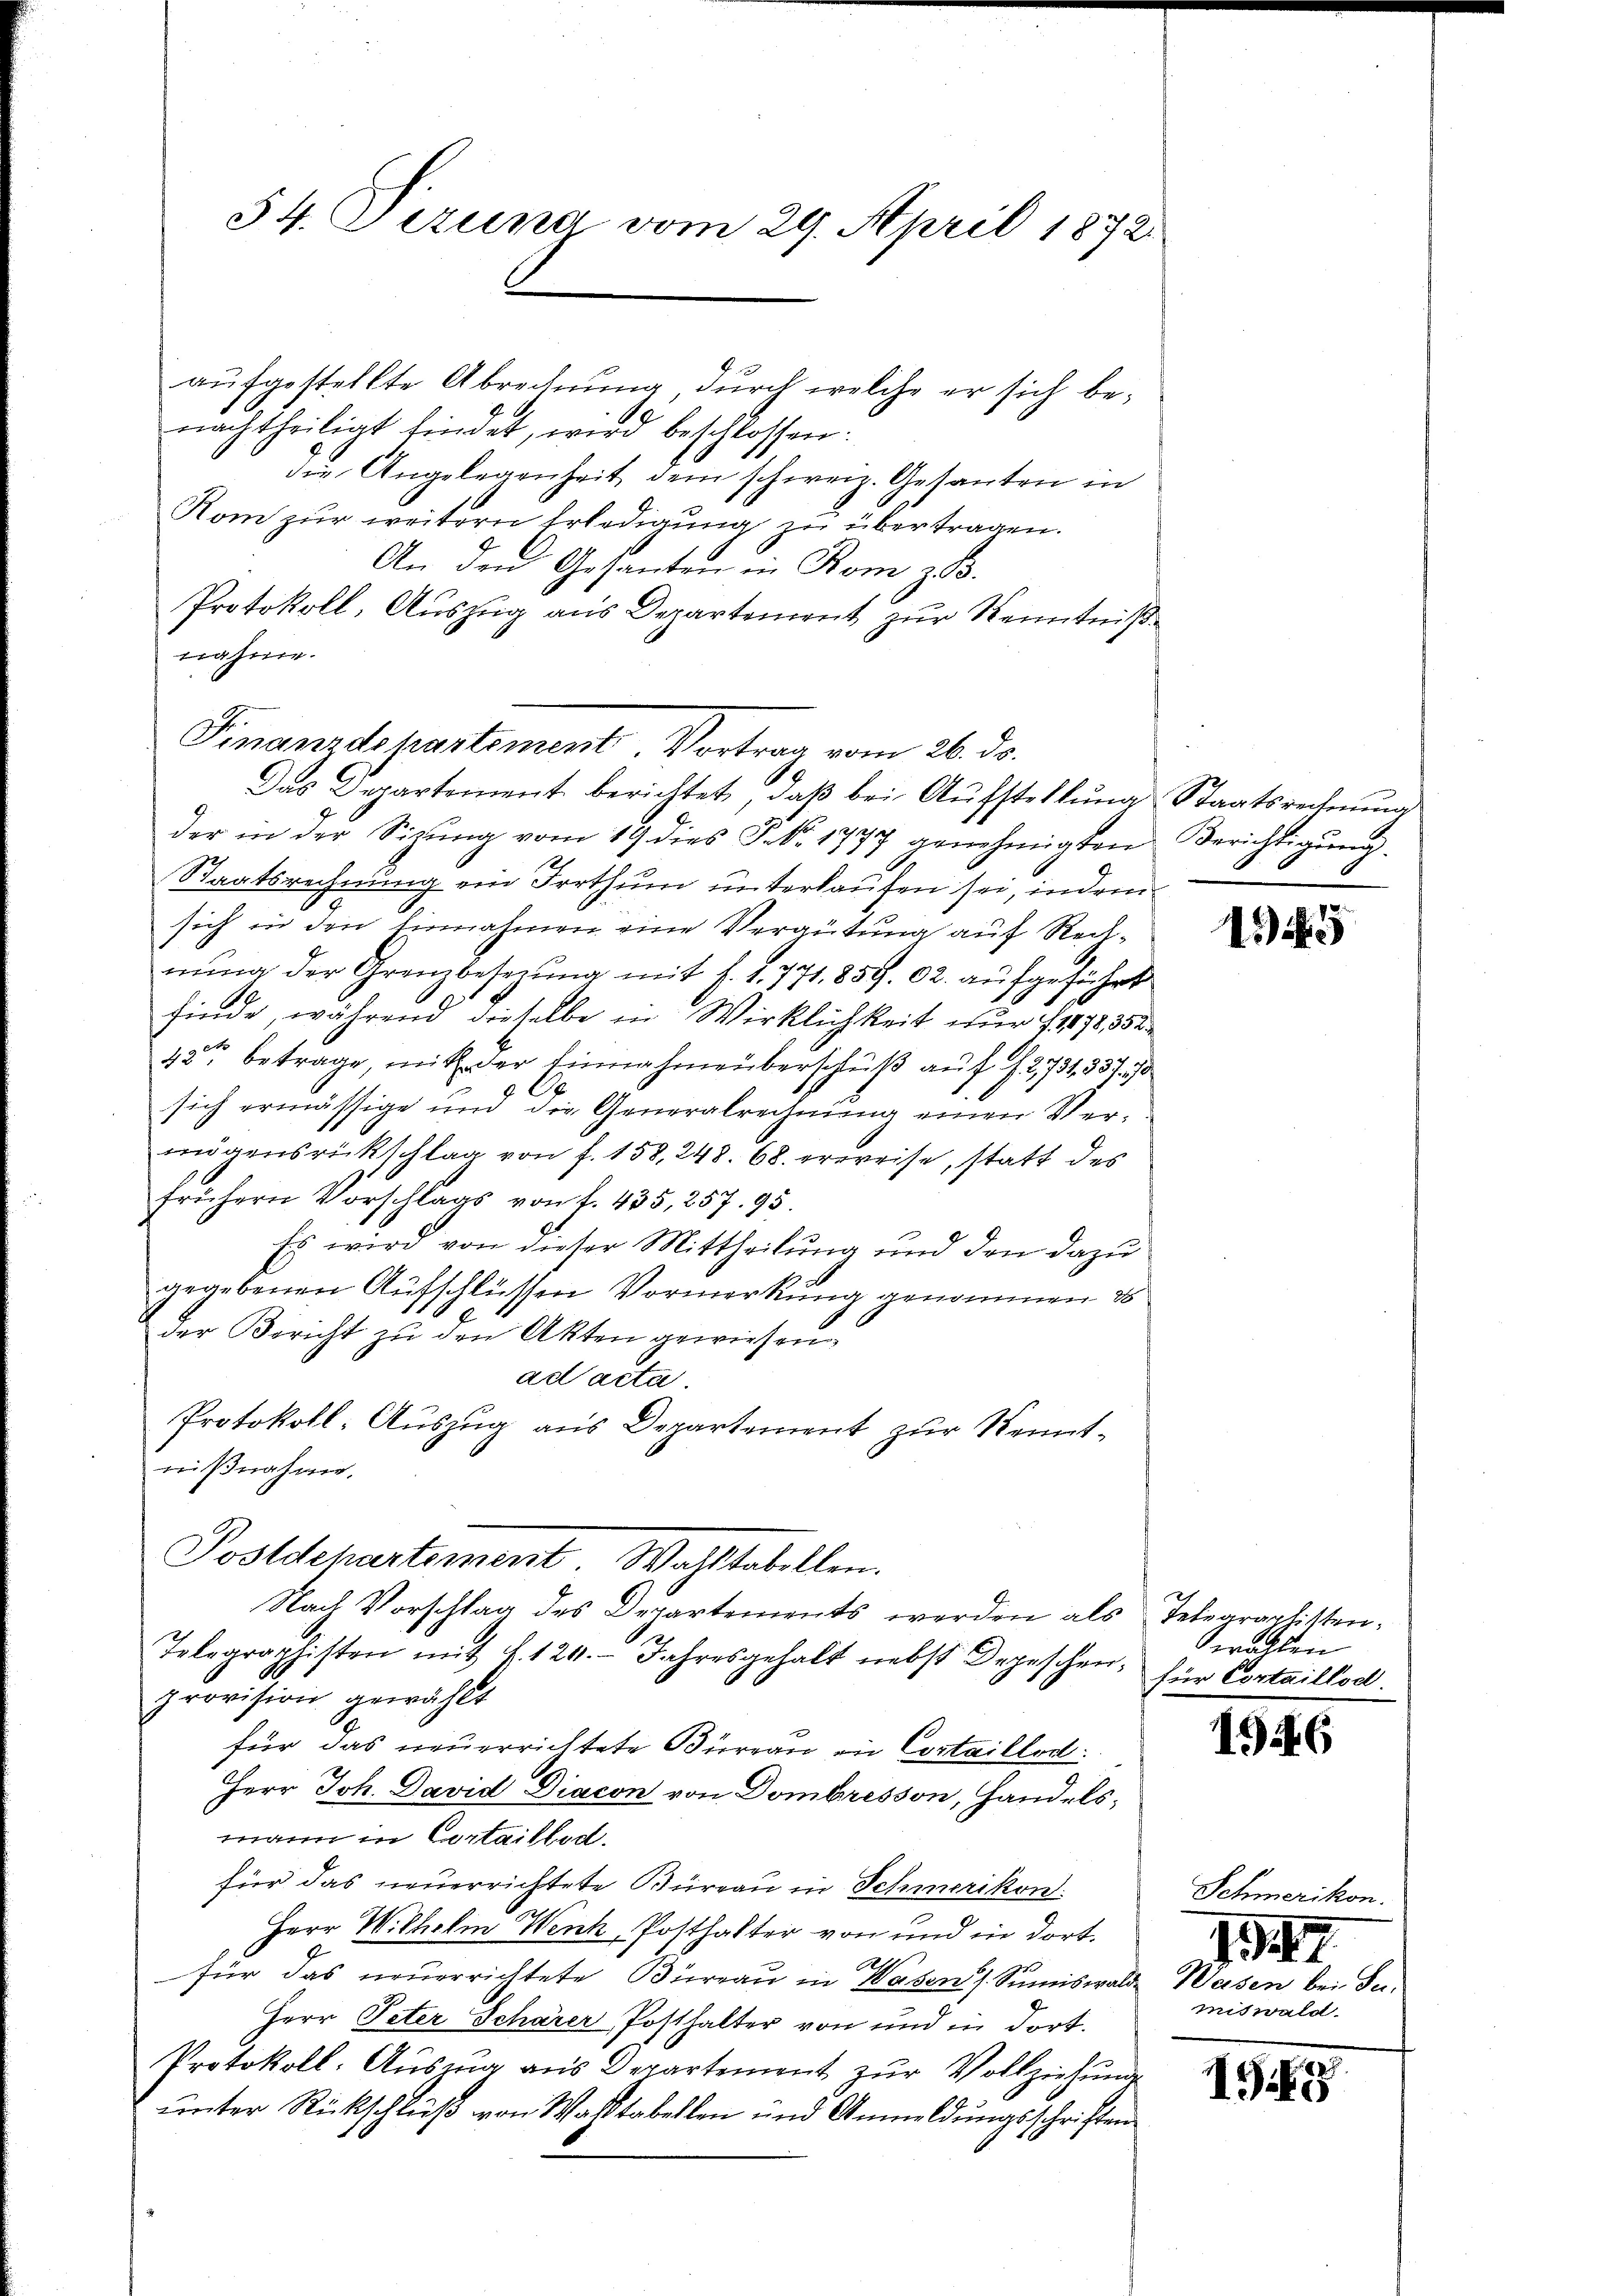
54. Ferung vom 29. April 1872.

Finanzdepartement Vortrag vom 26. ds.
Das Departement berichtet, daβ bei Aŭfstellŭng Staatsrechnŭng

aufgestellte Abrechnung durch welche er sich benachtheiligt findet, wird beschlossen:
die Angelegenheit dem schweiz. Gesanten in
Rom zur weitern Erledigung zu übertragen.
An den Gesanten in Rom z.B.
Protokoll, Auszug aus Departement zur Kenntnißnahme.
der in der Sitzŭng vom 19. dies Frk. 1777 genehmigten Berichtigŭng.
Staatsrechnung ein Irrthum unterkaufen sei, indem
sich in den Einnahmen eine Vergütung auf Rechnung der Grenzbesezung mit s. S. 771. 859. 02. aufgeführt
finde, während dieselbe in Wirklichkeit nur 11878, 352
42t betrage, mit der Einnahme überschuß auf 12,731, 557. 73
sich ermässige und die Generalrechnung einen Vermögensrückschlag von f. 158, 248. 68. erweise, statt des
frühern Vorschlags von f. 435, 257. 95.
Es wird von dieser Mittheilung und den dazu
gegebenen Aufschlüssen Vormerkung genommen is
der Bericht zu den Akten gewiesen,
ad acta.
Protokoll- Auszug aus Departement zur Kenntnißnahme.
Postdepartement Wahltabellen.
Nach Vorschlag des Departements werden als Telegraphisten¬
Telegraphisten mit §. 124. Jahresgehalt nebst Depeschen, für Cortaillod.
provision gewählt
für das neuerrichtete Büreau in Cortaillos.
Herr Joh. David Diacon von Dombresson, Handelsmann in Cortaillud.
für das neuerrichtete Büreau in Schmerikon.
Herr Wilhelm Wenk, Posthalter von und in dort.
für das neuerrichtete Büreau in Wasen Sumiswalde Weisen bei Su¬
Herr Peter Schärer Posthalter von und in dort.
Protokoll-Auszug aus Departement zur Vollziehung
unter Rückschluß von Wahltabellen und Anmeldungsschriften

15

wahlen

1946

Schmerikon.
1347
miswald.

198